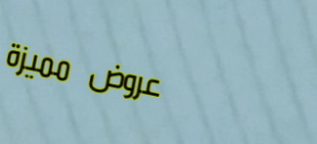
عروض مميزة